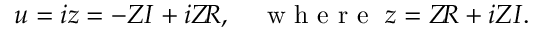
u = i z = - Z I + i Z \! R , \quad \mathrm { ~ w ~ h ~ e ~ r ~ e ~ \ } z = Z \! R + i Z I .